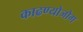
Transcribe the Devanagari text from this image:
काढण्योजोग